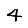
Digit: 4